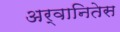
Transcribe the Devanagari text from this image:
अर्वानितेस